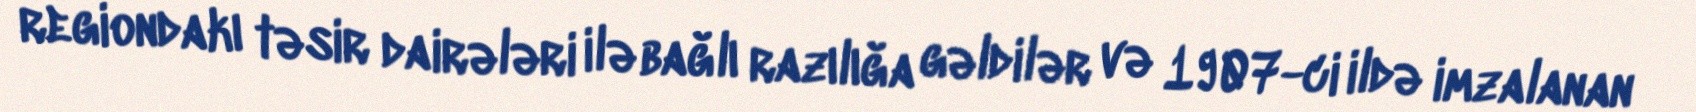
regiondakı təsir dairələri ilə bağlı razılığa gəldilər və 1907-ci ildə imzalanan